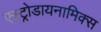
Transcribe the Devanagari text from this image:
एस्ट्रोडायनामिक्स